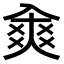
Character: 𠓷